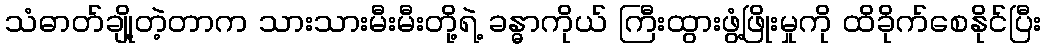
သံဓာတ်ချို့တဲ့တာက သားသားမီးမီးတို့ရဲ့ ခန္ဓာကိုယ် ကြီးထွားဖွံ့ဖြိုးမှုကို ထိခိုက်စေနိုင်ပြီး